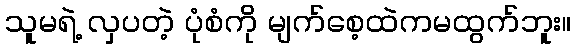
သူမရဲ့ လှပတဲ့ ပုံစံကို မျက်စေ့ထဲကမထွက်ဘူး။